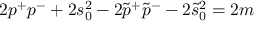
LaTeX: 2 p ^ { + } p ^ { - } + 2 s _ { 0 } ^ { 2 } - 2 \tilde { p } ^ { + } \tilde { p } ^ { - } - 2 \tilde { s } _ { 0 } ^ { 2 } = 2 m